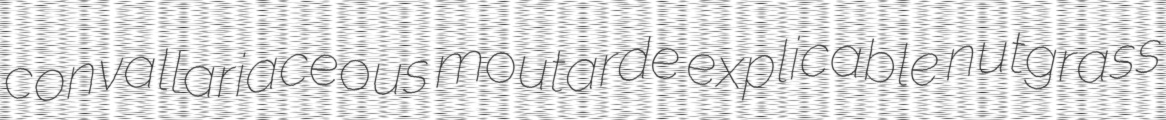
convallariaceous moutarde explicable nutgrass